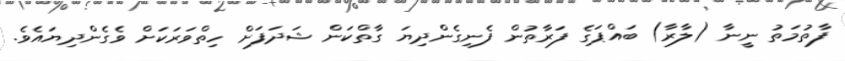
ފާތުމަތު ނީނާ (ލާރާ) ބައްޕަގެ ފަރާތުން ފެނިގެންދިޔަ ގާތްކަން ޝަދަފަށް ހިތްވަރަކަށް ވެގެންދިޔައެވެ.